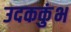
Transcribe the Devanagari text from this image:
उदककुंभ